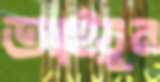
আইয়ুন